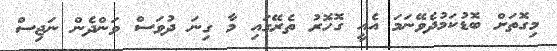
މިގޮތަށް ބޮޑުކަމުދެވޭނަމަ އެއީ ގޮހޮރު ތެރޭގައި މާ ގިނަ ދުވަސް ވަންދެން ނަޖިސް